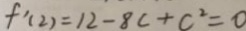
f ^ { \prime } ( 2 ) = 1 2 - 8 c + c ^ { 2 } = 0